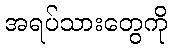
အရပ်သားတွေကို